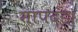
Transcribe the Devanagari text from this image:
मापदंड।